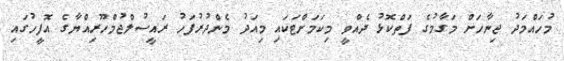
މުހައްމަދު ޖިނާހަށް މަގާމުގެ ފަތްކޮޅު ދެއްވީ މިކަމަށްޓަކައި މިއަދު މެންދުރުފަހު ރައީސުލްޖުމްހޫރިއްޔާގެ އޮފީހުގައި